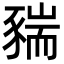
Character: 䝎